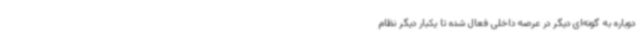
دوباره به گونه‌ای دیگر در عرصه داخلی فعال شده تا یکبار دیگر نظام